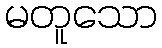
မတူသော